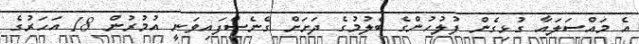
އެ މައްސަލައާ ގުޅިގެން ފުލުހުންގެ ބެލުމުގެ ދަށަށް ގެނެސްފައިވަނީ އުމުރުން 18 އަހަރުގެ